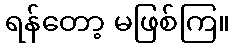
ရန်တော့ မဖြစ်ကြ။